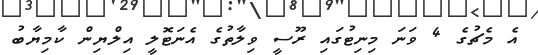
އެ މެޗުގެ 4 ވަނަ މިނިޓުގައި ރޫސީ ވިލާތުގެ އެނަޓޮލީ އިލްޔިން ކާމިޔާބު